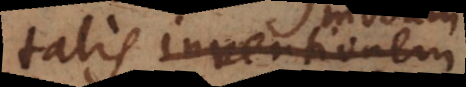
talis inventionem